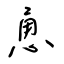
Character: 恿